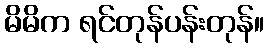
မိမိက ရင်တုန်ပန်းတုန်။